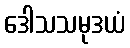
ဒေါသသမုဒယံ